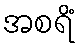
အစရိံ